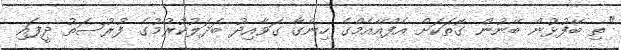
"ތި ބޭފުޅުން ބޭނުން ގޮތަކަށް އެފްއޭއެމްގެ ހިންގާ ގަވާއިދު ބަދަލުކުރުމުގެ ފުރުސަތު ދީފައި